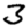
Digit: 3